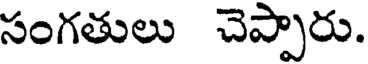
సంగతులు చెప్పారు.